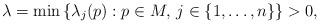
LaTeX: \begin{align*}\lambda = \min \left\lbrace \lambda_j(p) : p \in M, \, j \in \{1, \dots, n\} \right\rbrace > 0,\end{align*}